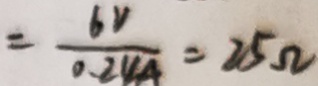
= \frac { 6 V } { 0 . 2 4 A } = 2 5 \Omega